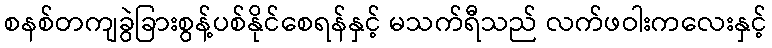
စနစ်တကျခွဲခြားစွန့်ပစ်နိုင်စေရန်နှင့် မသက်ရီသည် လက်ဖဝါးကလေးနှင့်